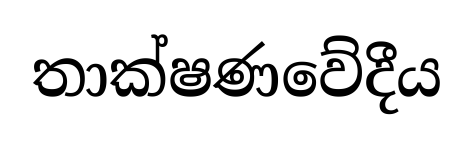
තාක්ෂණවේදීය